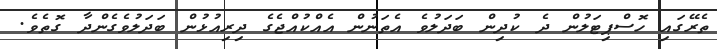
ތެރޭގައި ހޮސްޕިޓަލުން ދެ ކުދިން ބަދަލުވެ އެތަނުން އެއްކުއްޖެގެ ދިރިއުޅުން ބަދަލުވެގެންދާ ގޮތެވެ.